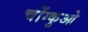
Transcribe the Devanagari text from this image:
चोंग्कुओ